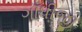
ગાઁધીજી